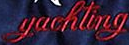
yachting